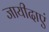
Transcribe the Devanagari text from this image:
जायीदाएं